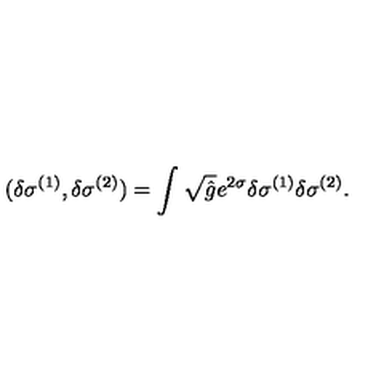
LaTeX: ( \delta \sigma ^ { ( 1 ) } , \delta \sigma ^ { ( 2 ) } ) = \int \sqrt { \hat { g } } e ^ { 2 \sigma } \delta \sigma ^ { ( 1 ) } \delta \sigma ^ { ( 2 ) } .